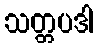
သတ္တပဒါ